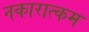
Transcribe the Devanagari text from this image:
नकारात्‍कम